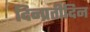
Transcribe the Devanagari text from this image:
दिन्प्रतीदिन